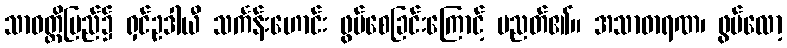
သာဝတ္ထိပြည်၌ ရှင်ဥဒါယီ သင်္ကန်းဟောင်း ဖွပ်စေခြင်းကြောင့် ပညတ်၏။ အသာဓာရဏ၊ ဖွပ်လော့